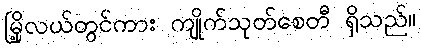
မြို့လယ်တွင်ကား ကျိုက်သုတ်စေတီ ရှိသည်။